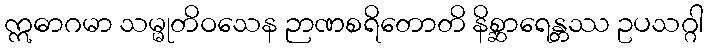
ဣဓာဂမာ သမ္မုတိဝသေန ဉာဏစရိတောတိ နိစ္ဆာရေန္တဿ ဥပသဂ္ဂါ